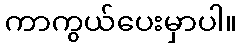
ကာကွယ်ပေးမှာပါ။